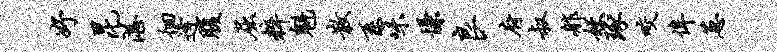
妤昆湛徊逄腹屈粹魁散系味慊良府叔舴妖琢咬侔葱